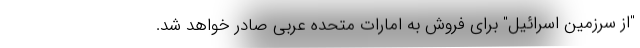
"از سرزمین اسرائیل" برای فروش به امارات متحده عربی صادر خواهد شد.